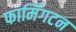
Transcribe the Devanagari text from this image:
फार्मिंगटन